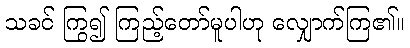
သခင် ကြွ၍ ကြည့်တော်မူပါဟု လျှောက်ကြ၏။